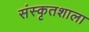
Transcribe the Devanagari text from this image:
संस्कृतशाला